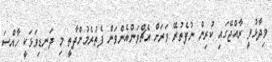
ވިދާޅުވީ ރާއްޖޭގައި ކުރިން ނުފެތުރޭ ވަރަށް އެޗްވަންއެންވަން ފެތުރެމުންދާތީ މި ދަނޑިވަޅަކީ ހާއްސަ